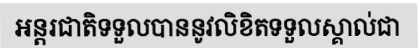
អន្តរជាតិទទួលបាននូវលិខិតទទួលស្គាល់ជា